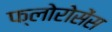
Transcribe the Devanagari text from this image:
फ्लोरोसेंस